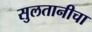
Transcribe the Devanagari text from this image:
सुलतानीचा